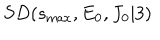
S D ( s _ { \mathrm { m a x } } , E _ { 0 } , J _ { 0 } \vert 3 )